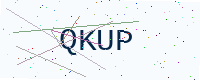
Text: QKUP